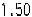
1.50